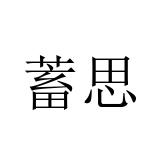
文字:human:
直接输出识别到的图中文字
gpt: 蓄思